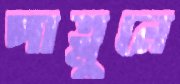
পাত্লুনে